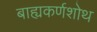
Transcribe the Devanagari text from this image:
बाह्यकर्णशोथ